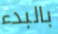
بالبدء